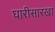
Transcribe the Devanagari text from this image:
घारीसारखा